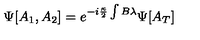
\Psi [ A _ { 1 } , A _ { 2 } ] = e ^ { - i \frac { \kappa } { 2 } \int B \lambda } \Psi [ A _ { T } ]